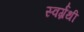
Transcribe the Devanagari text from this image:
स्वर्ग्रंथी